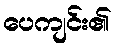
ပေကျင်း၏